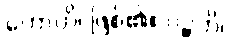
ဟောတိ၊ ဖြစ်၏။ ပဉ္စဟိ၊